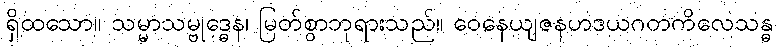
ရှိထသော။ သမ္မာသမ္ဗုဒ္ဓေန၊ မြတ်စွာဘုရားသည်။ ဝေနေယျဇနဟဒယဂတကိလေသန္ဓ